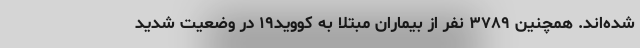
شده‌اند. همچنین ۳۷۸۹ نفر از بیماران مبتلا به کووید۱۹ در وضعیت شدید